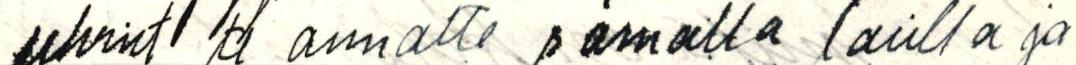
uhriit te annatte samalla laiilla ja